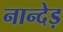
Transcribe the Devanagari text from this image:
नान्देड़